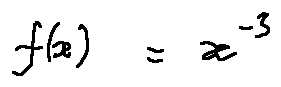
f ( x ) = x ^ { - 3 }